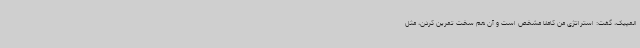
المپیک، گفت: استراتژی من کاملا مشخص است و آن هم سخت تمرین کردن، مثل